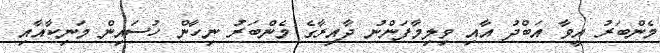
މެންބަރު އީވާ އަބްދު އާއި ވިލިމާފަންނު ދާއިރާގެ މެންބަރު ނިހާން ހުސައިން މަނިކާއާއި